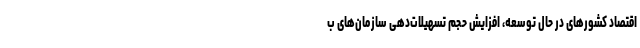
اقتصاد کشور‌های در حال توسعه، افزایش حجم تسهیلات‌دهی سازمان‌های ب